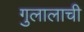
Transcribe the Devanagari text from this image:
गुलालाची